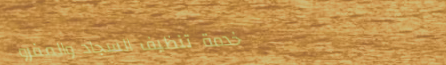
خدمة تنظيف السجاد والمفرو